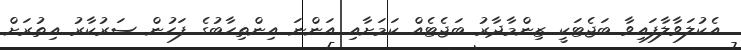
އެކުލަވާލާފައިވާ ބަޖެޓަކީ ޒިންމާދާރު ބަޖެޓެއް ކަމަށާއި އަންނަ އިންތިހާބުގެ ފަހުން ސަރުކާރު އިތުރަށް